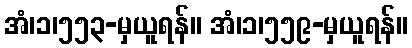
အံ၊၁၊၅၅၃-မှယူရန်။ အံ၊၁၊၅၅၉-မှယူရန်။